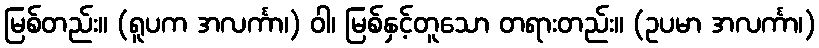
မြစ်တည်း။ (ရူပက အလင်္ကာ၊) ဝါ၊ မြစ်နှင့်တူသော တရားတည်း။ (ဥပမာ အလင်္ကာ၊)